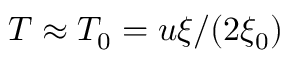
{ T } \approx { T } _ { 0 } = u \xi / ( 2 \xi _ { 0 } )